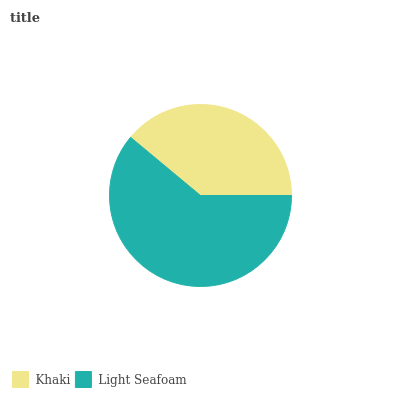
| Khaki | Light Seafoam |
 | --- | --- |
 | 39% | 61% |